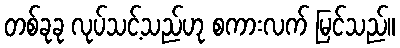
တစ်ခုခု လုပ်သင့်သည်ဟု စကားလက် မြင်သည်။